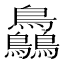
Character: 𪈼